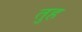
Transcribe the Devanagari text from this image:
तुह